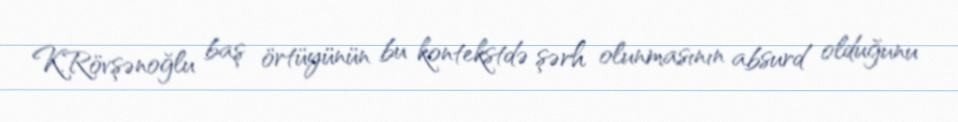
K.Rövşənoğlu baş örtüyünün bu kontekstdə şərh olunmasının absurd olduğunu